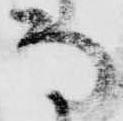
な